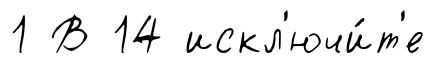
1 В 14 искл'ючи́т'е